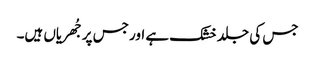
جس کی جلد خشک ہے اور جس پر جُھریاں ہیں۔